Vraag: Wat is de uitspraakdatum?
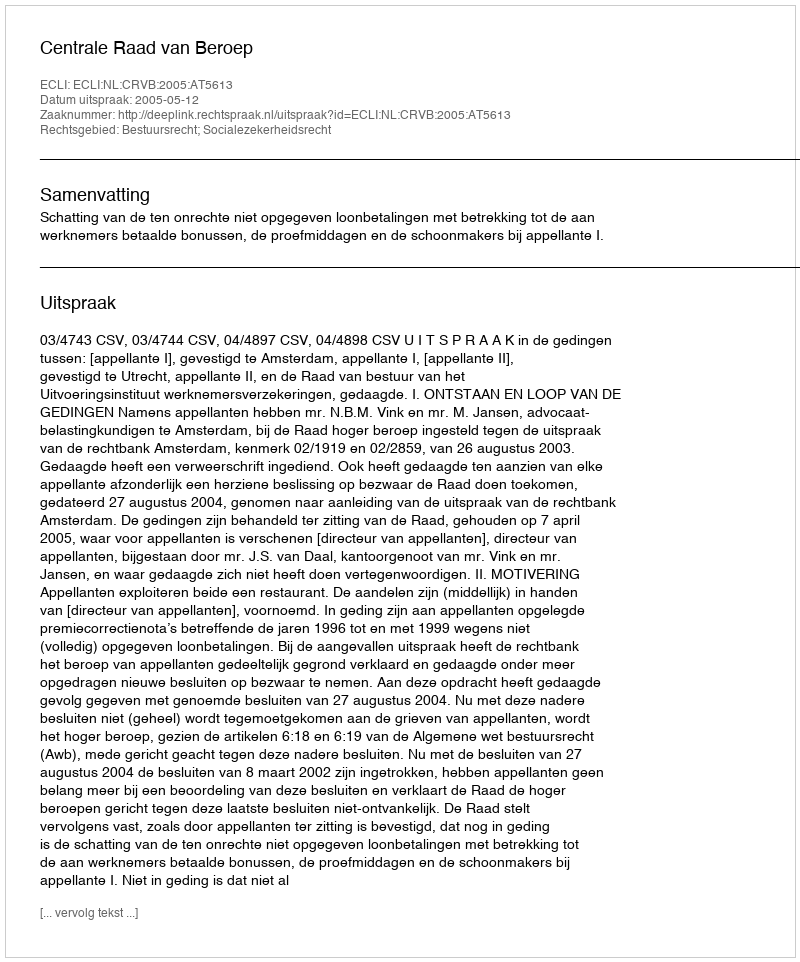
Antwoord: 2005-05-12